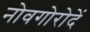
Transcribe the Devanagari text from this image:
नोवगोरोदें